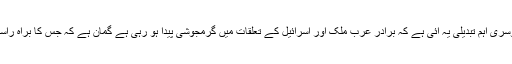
عالمی سطح پر دوسری اہم تبدیلی یہ آئی ہے کہ برادر عرب ملک اور اسرائیل کے تعلقات میں گرمجوشی پیدا ہو رہی ہے گمان ہے کہ جس کا براہ راست ہدف ایران ہے۔